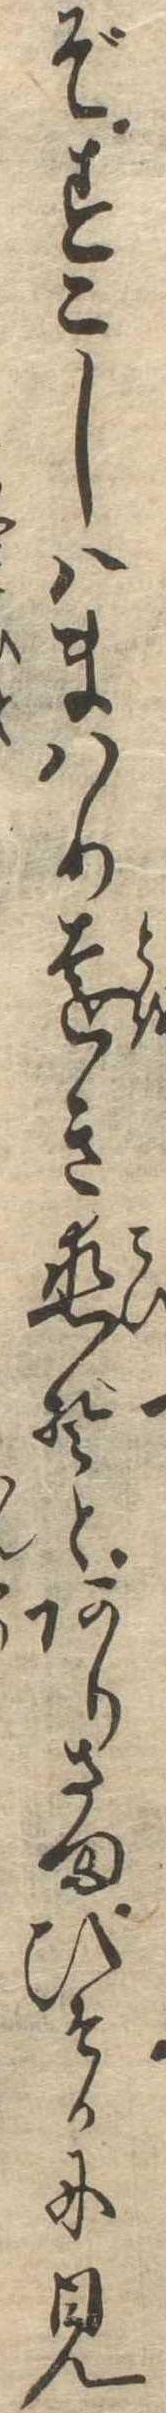
ぞすこしはまはり遠き恋ぞとありさまひそかに見